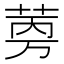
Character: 𬜼